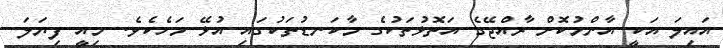
އައިލަ އަކީ އާންމުކޮށް ރާއްޖޭގެ އަތޮޅުތަކުގެ މާކަނޑުތަކުގައި އުޅޭ މަހެކެވެ. މިއީ ފިޔަލަ